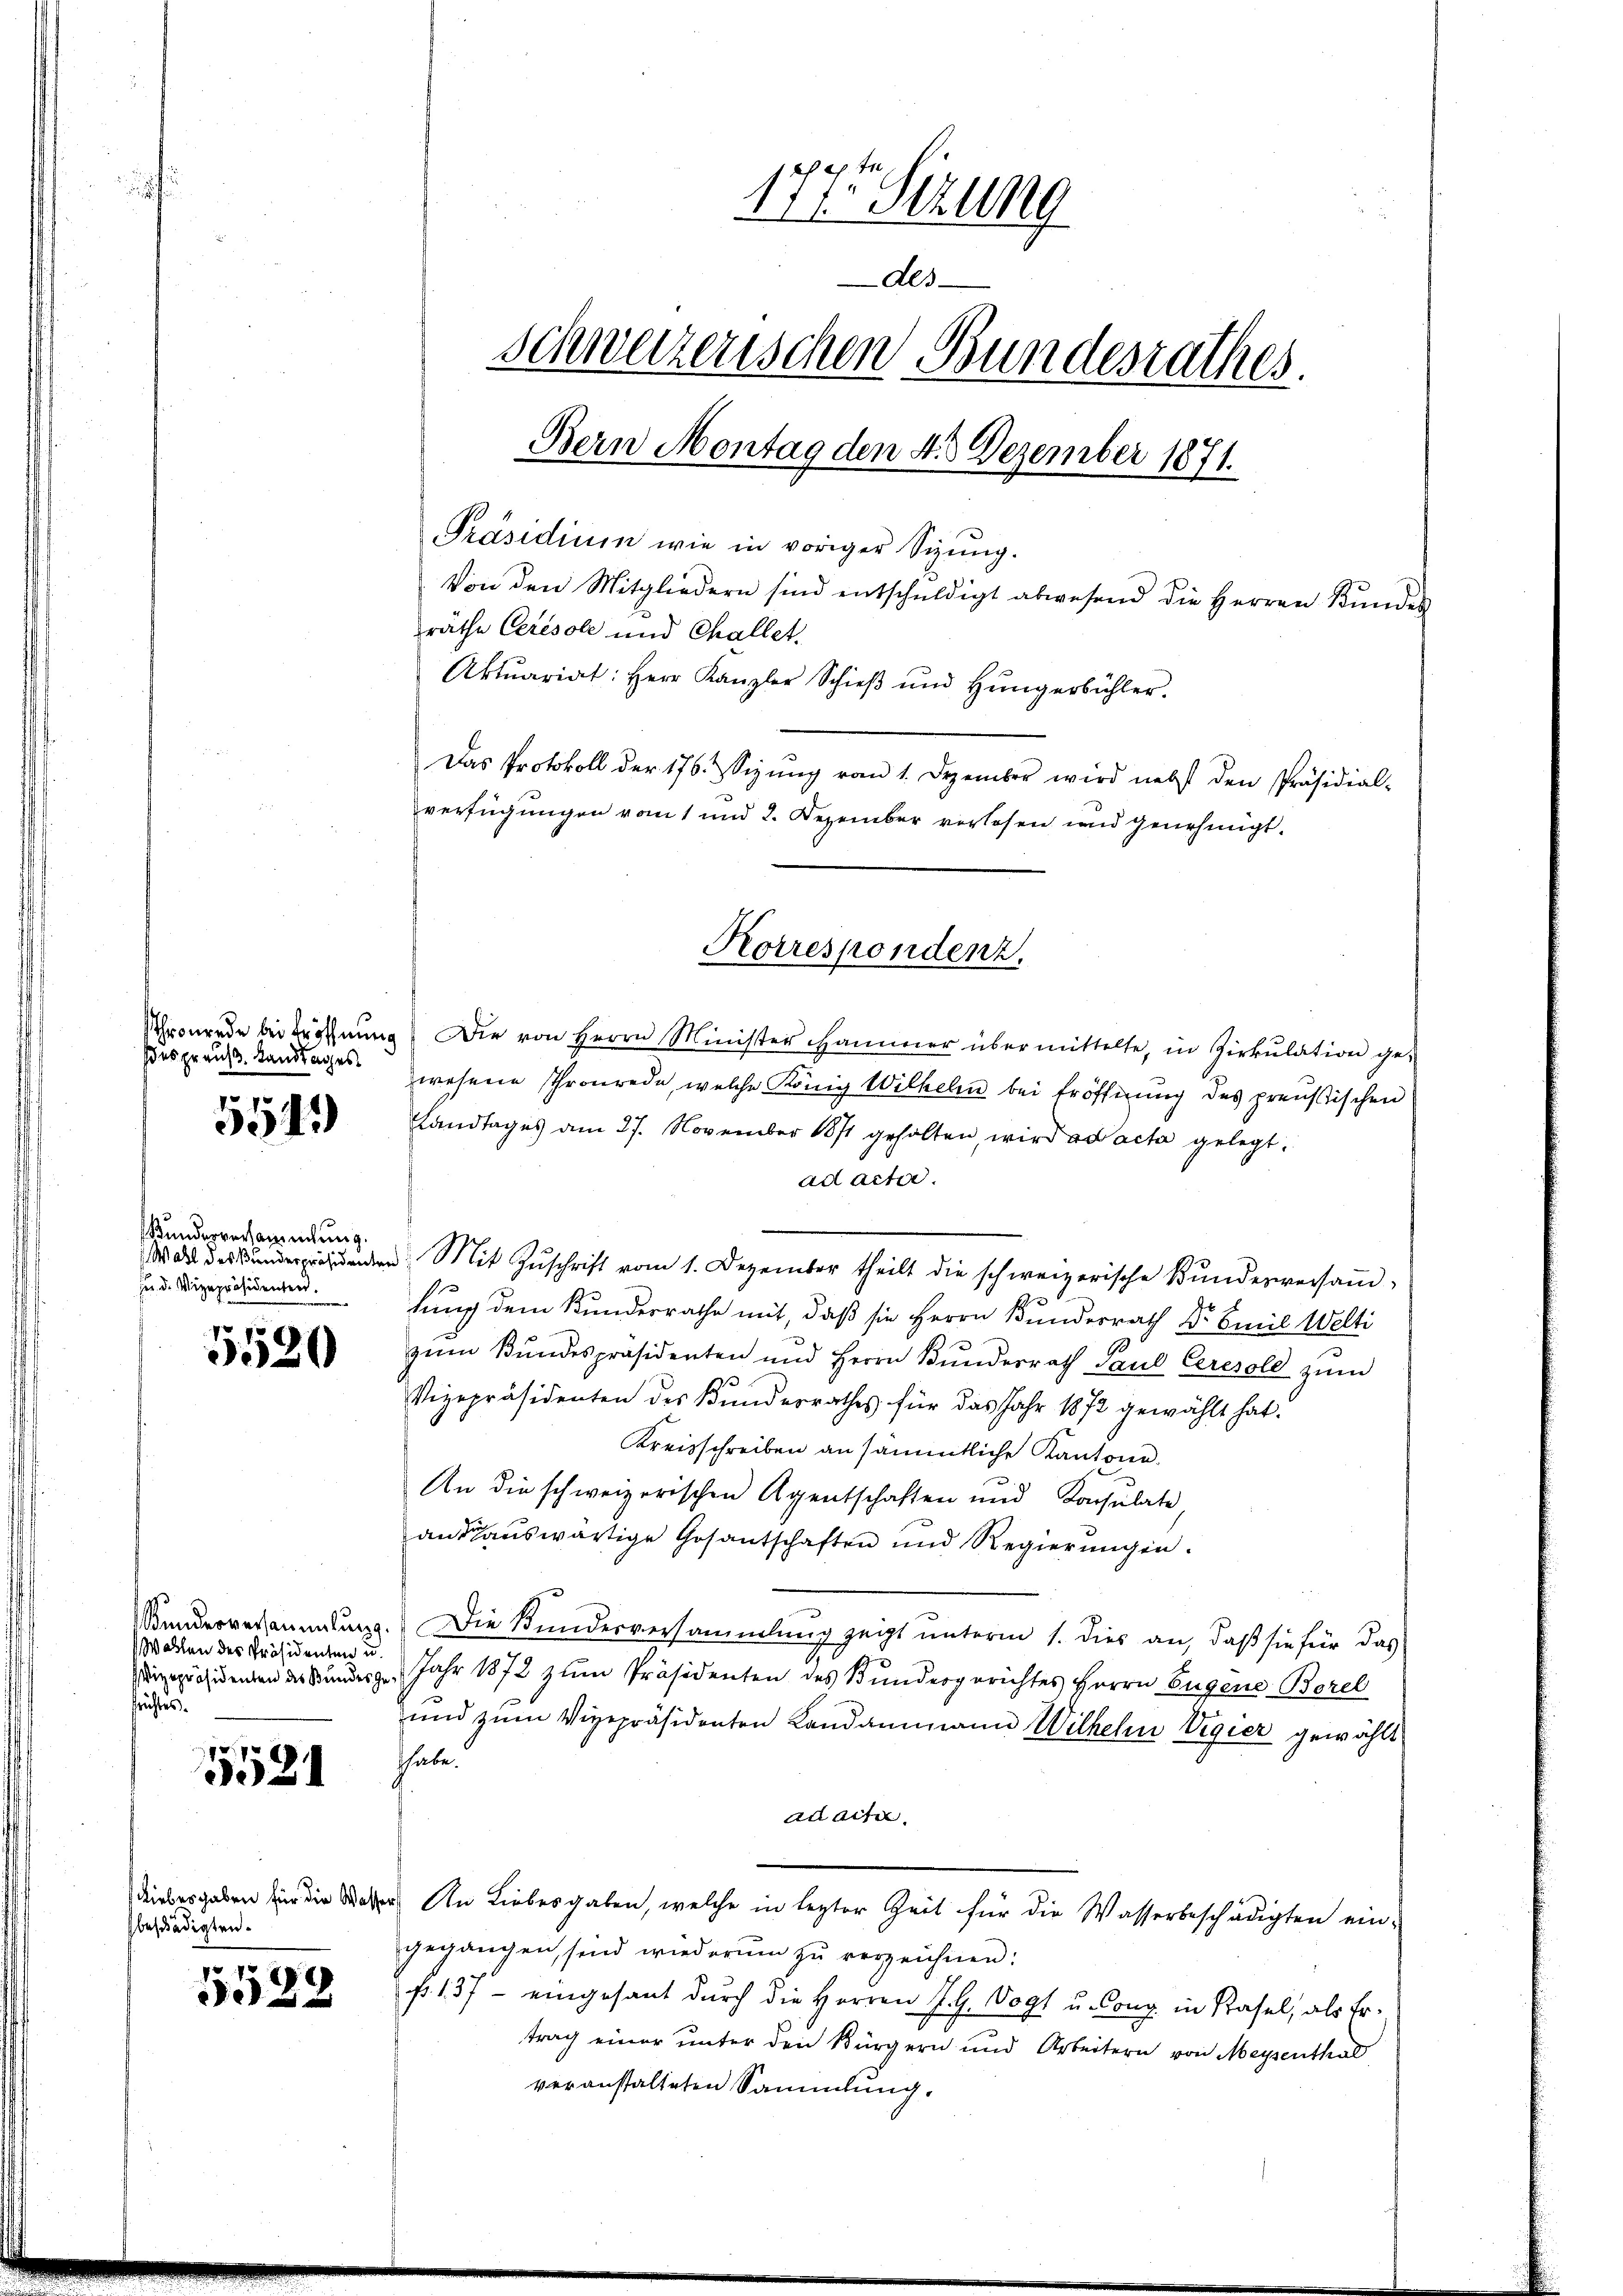
des preuß. Landtages

5519)

Kunderversammlung.
ses Dr. Vizepräsidenten.

5520

Kunderversammlung.
Wasten des Präsidenten u.
Vizepräsidenten des Bundes ge
srichtes

5521

beschädigten.

5528

177. Sizung
des
schweizerischen Bundesrathes.
Bern Montag den 4. 3 Dezember 1871.
Präsidium wie in voriger Sigung.
Von den Mitgliedern sind entschŭldigt abwesend die Herren Kŭndes
räthe Ceresole und Challet.
Aktuariat: Herr Kanzler Schieβ ŭnd Hüngerbühler.
Das Protokoll der 176. Sizŭng vom 1. Dezember wird nebst den Präsidial-
verfügungen vom 1 und 2. Dezember verlesen und genehmigt.

Korrespondenz.

Schronrade bei Eröffnŭng. Die von Herrn Minister Hammer übermittelte, in Zirkŭlation ge-
wesene Thronrede, welche König Wilhelm bei Eröffnung des preußischen
Landtages am 27. November 1871 geholten, wird ad acta gelegt.
ad acter.
 deden Mit Zŭschrift vom 1. Dezember theilt die schweizerische Kŭndesversaṁ-
lung dem Kundesrathe mit, daß sie Herrn Bundesrath Dr Emil Welti
zŭm Bŭndespräsidenten und Herrn Bŭndesrath Paul Ceresold zŭm
Vizepräsidenten des Bundesrathes für das Jahr 1872 gewählt hat.
Kreisschreiben an sämmtliche Kantone.
An die schweizerischen Agentschaften und Konsulate
ans auswärtige Gosantschaften und Regierungen.
Die Bundesversammlung zeigt unterm 1. Dies an, daß sie für das
 Jahr 1872 zum Präsidenten des Bundergerichtes Herrn Eugene Borel
und zum Vizepräsidenten Landammann Wilhelm Vigier gewählt
thabe.
addita
debesgaben in die Weber, An Liebesgaben, welche in lezter Zeit für die Wasserbeschädigten ein-
gegangen, sind wiederum zu verzeichnen:
fr. 137 - eingesant durch die Herren J. H. Vogt u. Cong. in Basel, als Er-
trag einer unter den Bürgern und Arbeitern von Meysenthal
veranstalteten Sammlung.